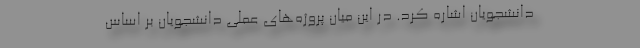
دانشجویان اشاره کرد. در این میان پروژه‌های عملی دانشجویان بر اساس